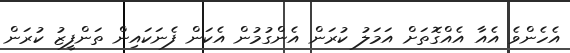
އެހެންވެ އެއާ އެއްގޮތަށް އަމަލު ކުރަން އެންގުމުން އެކަން ފެނަކައިން ތަންފީޒު ކުރަން